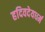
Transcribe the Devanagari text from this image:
हदिवदेयधर्म